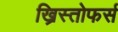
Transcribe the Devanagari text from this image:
ख्रिस्तोफर्स